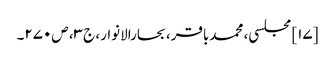
[۱۷] مجلسی، محمدباقر، بحارالانوار، ج‌۳، ص‌۲۷۰۔